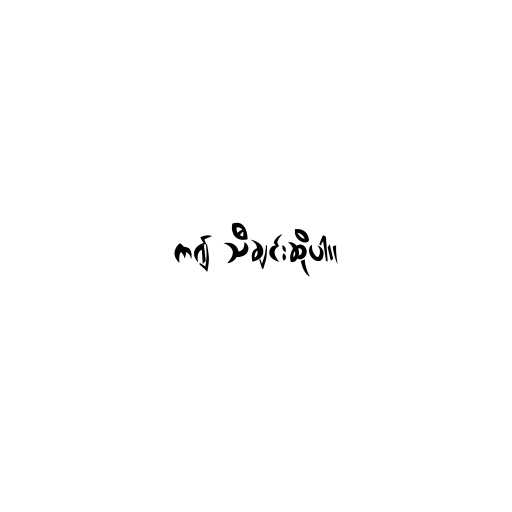
က၍ သီချင်းဆိုပါ။